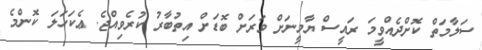
ސަލާމަތް ކޮށްދެއްވީމަ ރައީސް ޔާމީނަށް ވަރަށް ބޮޑަށް އިތުބާރު ކުރެވިއްޖެ. ޢެކަހަލަ ކޮންމެ